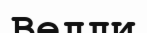
Велли